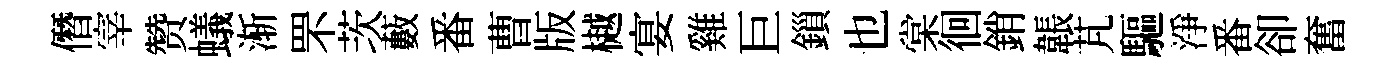
僭宰赞蟻渐罘茨藪番曹版樾宴雞巨鎻也棠徊銷韔芃驅淨番卻奮